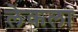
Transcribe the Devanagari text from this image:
लेकला